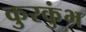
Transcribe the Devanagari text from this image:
कुरकुंभ